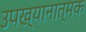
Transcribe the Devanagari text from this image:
उपख्यानात्मक